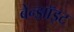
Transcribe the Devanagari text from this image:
बेन्झॉइट